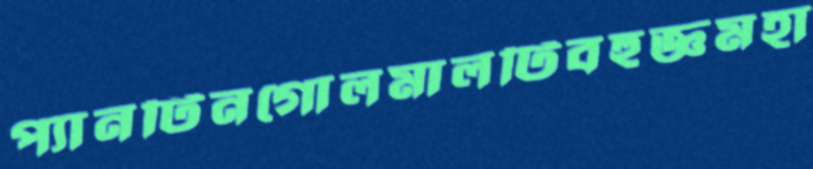
প্যানটিনগোলমালটিবহুজ্ঞমহা